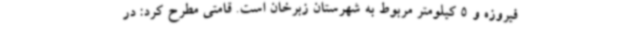
فیروزه و 5 کیلومتر مربوط به شهرستان زبرخان است. قامتی مطرح کرد: در